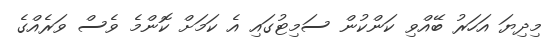
މިދިޔަ އަހަރު ބޭއްވި ކަންކުން ސަމިޓުގައި އެ ކަމަށް ކޮންމެ ވެސް ވަރެއްގެ